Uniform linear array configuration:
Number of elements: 48
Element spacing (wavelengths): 0.75
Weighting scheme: hamming
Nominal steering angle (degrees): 15
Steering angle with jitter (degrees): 16.605
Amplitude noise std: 0.05
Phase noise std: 0.05

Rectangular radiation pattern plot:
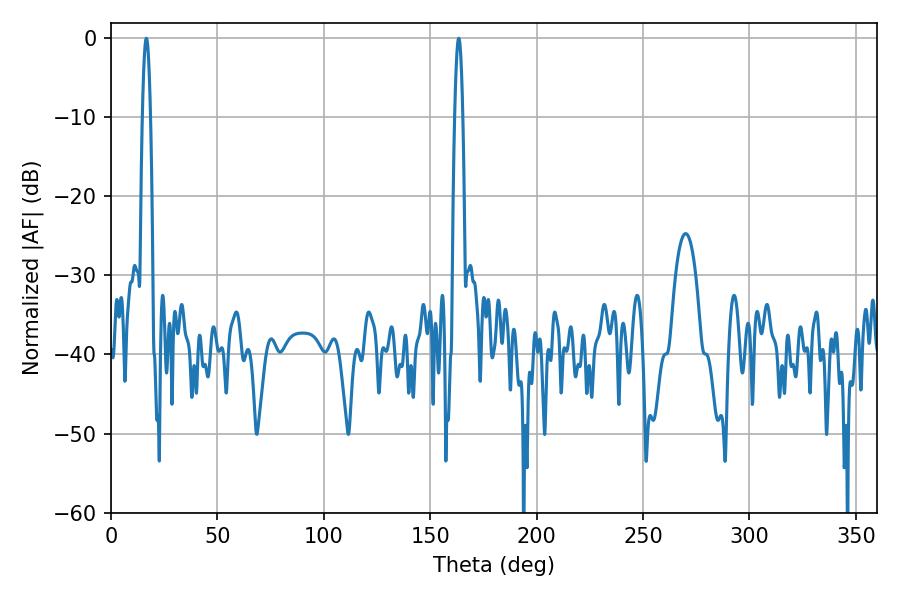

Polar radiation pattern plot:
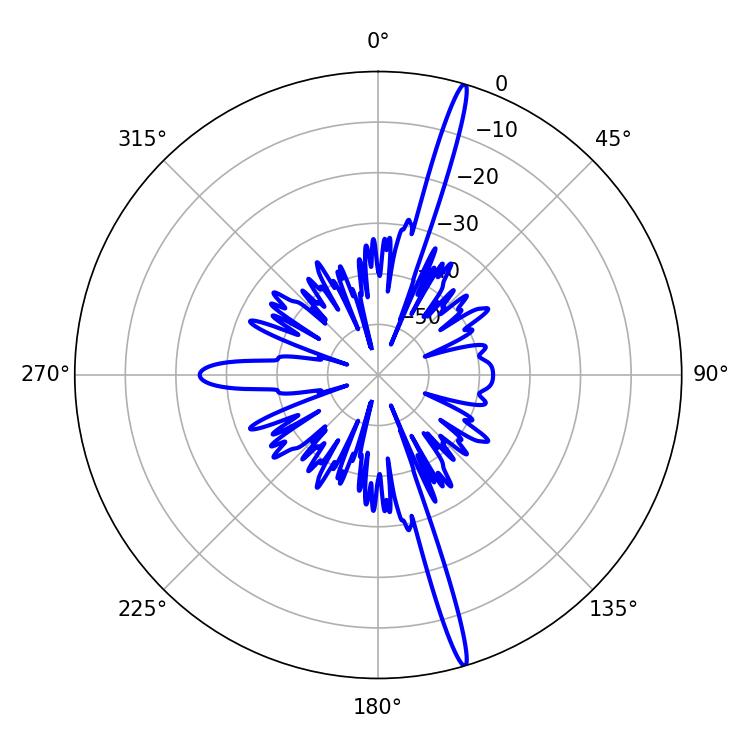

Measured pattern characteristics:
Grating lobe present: TRUE
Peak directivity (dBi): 19.464
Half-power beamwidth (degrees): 1.98
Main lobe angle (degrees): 16.56